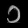
Digit: ၁